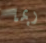
ربما